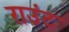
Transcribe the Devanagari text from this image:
राउंट